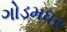
ગોડમધર